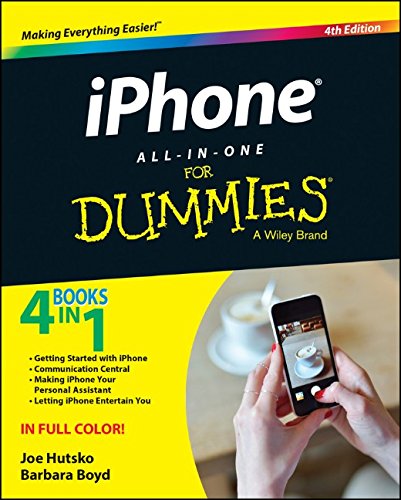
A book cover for iPhone All-in-One For Dummies; Joe Hutsko; Computers & Technology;